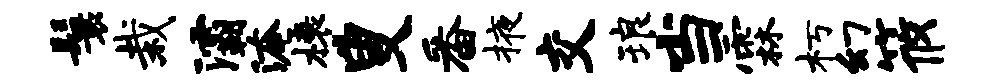
鬟栽灞淹榱叟番掖交琅当霖朽幻筱